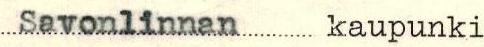
Savonlinnan kaupunki